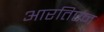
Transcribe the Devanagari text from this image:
आरतिएन